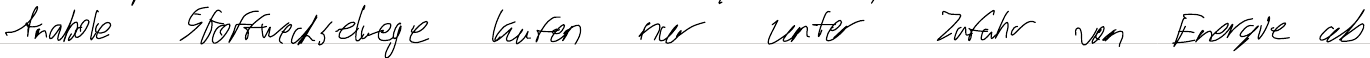
Anabole Stoffwechselwege laufen nur unter Zufuhr von Energie ab